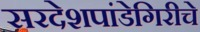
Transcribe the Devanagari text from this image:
सरदेशपांडेगिरीचे